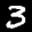
Label: 3